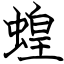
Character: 蝗